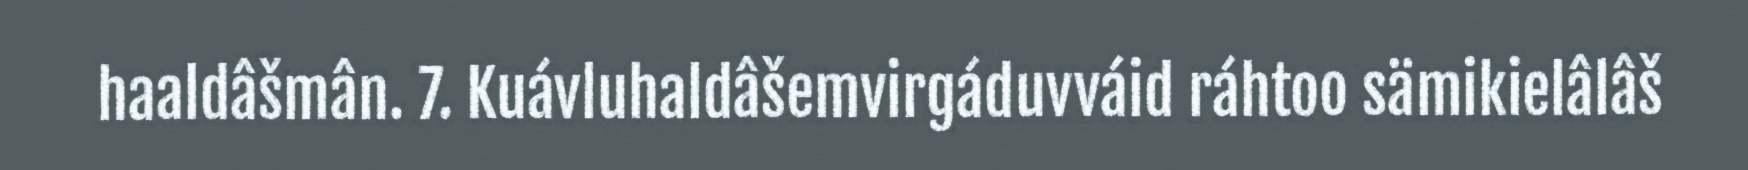
haaldâšmân. 7. Kuávluhaldâšemvirgáduvváid ráhtoo sämikielâlâš